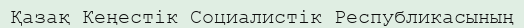
Қазақ Кеңестік Социалистік Республикасының